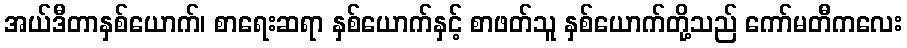
အယ်ဒီတာနှစ်ယောက်၊ စာရေးဆရာ နှစ်ယောက်နှင့် စာဖတ်သူ နှစ်ယောက်တို့သည် ကော်မတီကလေး